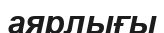
аярлығы